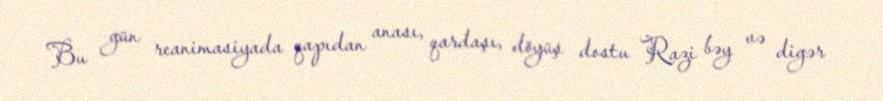
Bu gün reanimasiyada qapıdan anası, qardaşı, döyüş dostu Razi bəy və digər